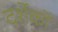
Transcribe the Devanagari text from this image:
दर्शेकों